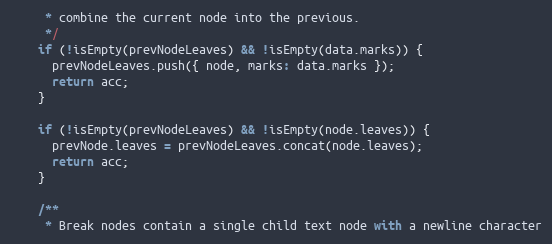
Language: JavaScript
     * combine the current node into the previous.
     */
    if (!isEmpty(prevNodeLeaves) && !isEmpty(data.marks)) {
      prevNodeLeaves.push({ node, marks: data.marks });
      return acc;
    }

    if (!isEmpty(prevNodeLeaves) && !isEmpty(node.leaves)) {
      prevNode.leaves = prevNodeLeaves.concat(node.leaves);
      return acc;
    }

    /**
     * Break nodes contain a single child text node with a newline character